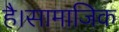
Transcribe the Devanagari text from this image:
है।सामाजिक